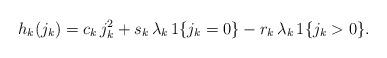
LaTeX: \begin{align*}h_k(j_k) = c_k \, j_k^2 + s_k \, \lambda_k \, 1\{j_k = 0\} -r_k \, \lambda_k \, 1\{j_k > 0\}.\end{align*}